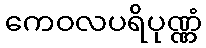
ကေဝလပရိပုဏ္ဏံ